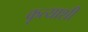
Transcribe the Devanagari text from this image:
कृत्याशी